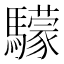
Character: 𩦺